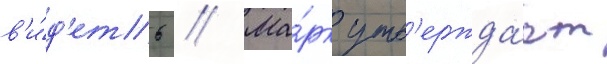
в'и́д'еть // Ма́рк утв'ержда́ет